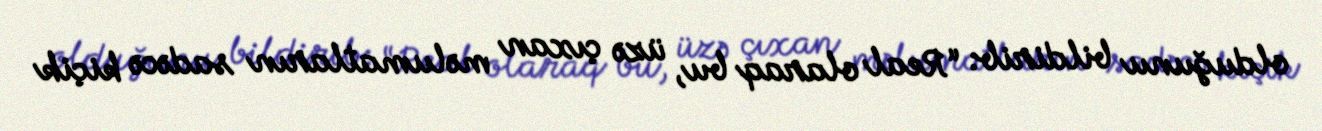
olduğunu bildirib: “Real olaraq bu, üzə çıxan məlumatların sadəcə kiçik